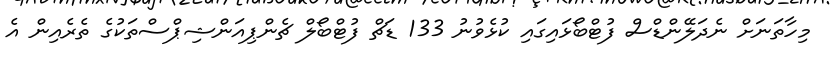
މިހާތަނަށް ނެދަލޭންޑްސް ފުޓްބޯޅައިގައި ކުޅެވުނު 133 ޑަޗް ފުޓްބޯލް ޗެންޕިއަންޝިޕްސްތަކުގެ ތެރެއިން އެ